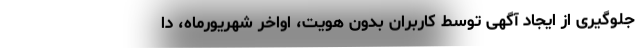
جلوگیری از ایجاد آگهی توسط کاربران بدون هویت، اواخر شهریورماه، دا